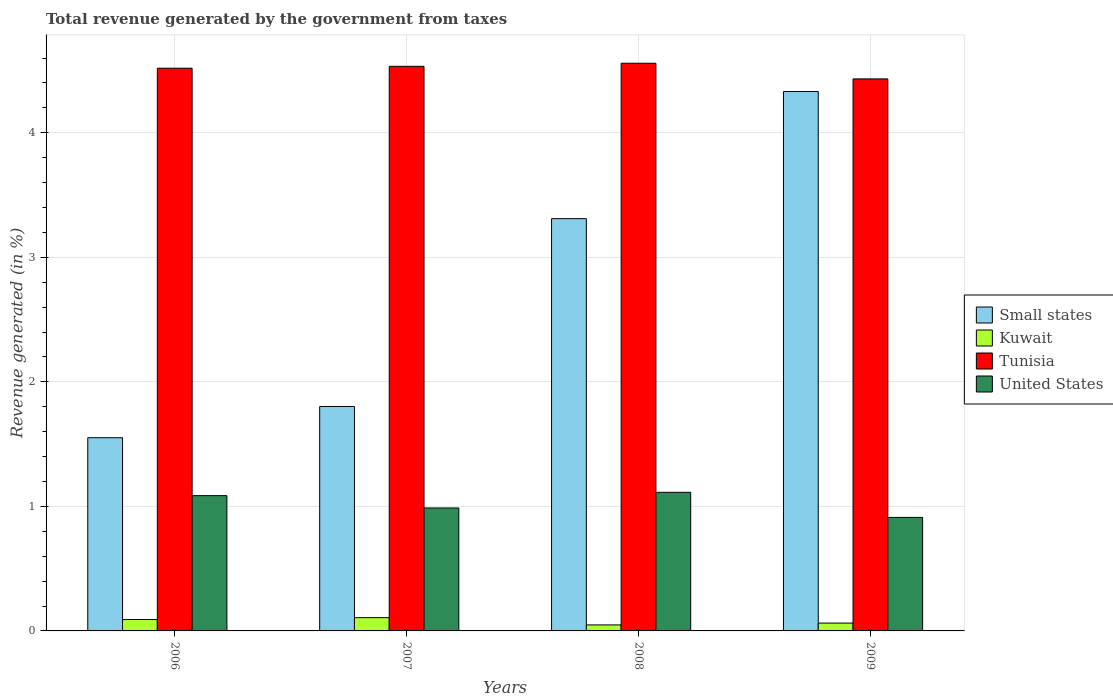
| Years | Small states | Kuwait | Tunisia | United States |
 | --- | --- | --- | --- | --- |
 | 2006 | 1.55 | 0.0915 | 4.52 | 1.09 |
 | 2007 | 1.8 | 0.107 | 4.53 | 0.987 |
 | 2008 | 3.31 | 0.0483 | 4.56 | 1.11 |
 | 2009 | 4.33 | 0.063 | 4.43 | 0.911 |